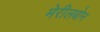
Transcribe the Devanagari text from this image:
मेरीलबोन